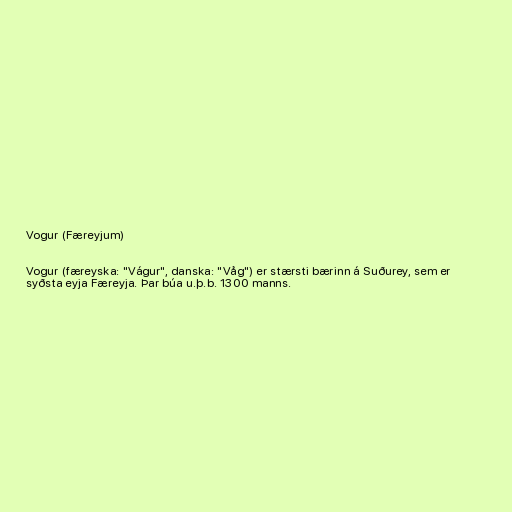
Vogur (Færeyjum)

Vogur (færeyska: "Vágur", danska: "Våg") er stærsti bærinn á Suðurey, sem er
syðsta eyja Færeyja. Þar búa u.þ.b. 1300 manns.